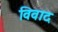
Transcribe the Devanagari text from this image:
विवाद